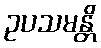
ဥပသမန္တိ